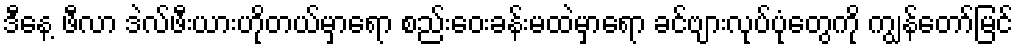
ဒီနေ့ ဖီလာ ဒဲလ်ဖီးယားဟိုတယ်မှာရော စည်းဝေးခန်းမထဲမှာရော ခင်ဗျားလုပ်ပုံတွေကို ကျွန်တော်မြင်